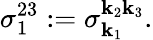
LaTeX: \sigma_{1}^{23}:=\sigma_{\mathbf{k}_{1}}^{\mathbf{k}_{2}\mathbf{k}_{3}}.